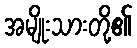
အမျိုးသားတို့၏